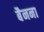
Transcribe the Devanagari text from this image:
बैनना